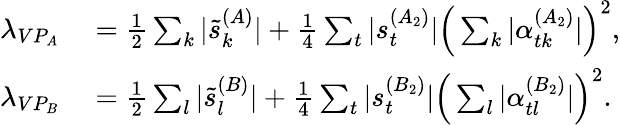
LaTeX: \begin{array}{rl}{\lambda_{VP_{A}}}&{{}=\frac{1}{2}\sum_{k}|\tilde{s}_{k}^{(A)}|+\frac{1}{4}\sum_{t}|s_{t}^{(A_{2})}|\Big(\sum_{k}|\alpha_{tk}^{(A_{2})}|\Big)^{2},}\\ {\lambda_{VP_{B}}}&{{}=\frac{1}{2}\sum_{l}|\tilde{s}_{l}^{(B)}|+\frac{1}{4}\sum_{t}|s_{t}^{(B_{2})}|\Big(\sum_{l}|\alpha_{tl}^{(B_{2})}|\Big)^{2}.}\end{array}